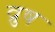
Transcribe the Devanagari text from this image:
व्रुष